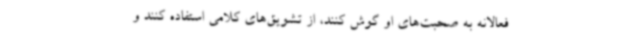
فعالانه به صحبت‌های او گوش کنند، از تشویق‌های کلامی استفاده کنند و